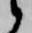
候